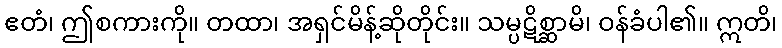
ဧတံ၊ ဤစကားကို။ တထာ၊ အရှင်မိန့်ဆိုတိုင်း။ သမ္ပဋိစ္ဆာမိ၊ ဝန်ခံပါ၏။ ဣတိ၊